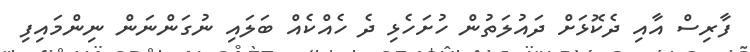
ފާރިސް އާއި ދެކޮޅަށް ދައުލަތުން ހުށަހެޅި ދެ ހެއްކެއް ބަލައި ނުގަންނަން ނިންމައިފި